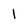
Character: 1